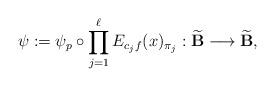
LaTeX: \begin{align*}\psi := \psi_p \circ\prod\limits_{j=1}^{\ell} E_{ c_jf}(x)_{\pi_j}: \widetilde{\bold{B}} \longrightarrow \widetilde{\bold{B}},\end{align*}